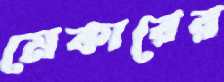
মেকারের